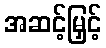
အဆင့်မြှင့်